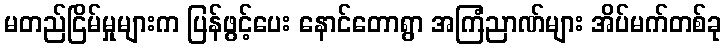
မတည်ငြိမ်မှုများက ပြန်ဖွင့်ပေး နောင်တောရွာ အကြံညာဏ်များ အိပ်မက်တစ်ခု